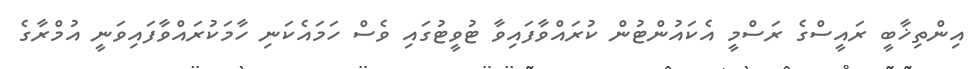
އިންތިޚާބީ ރައީސްގެ ރަސްމީ އެކައުންޓުން ކުރައްވާފައިވާ ޓުވީޓުގައި ވެސް ހަމައެކަނި ހާމަކުރައްވާފައިވަނީ އުމްރާގެ